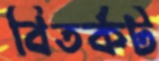
বিতর্কট